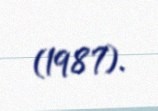
(1987).